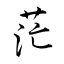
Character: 茫